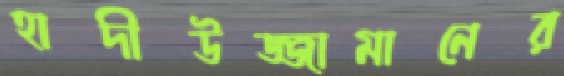
হাদীউজ্জামানের